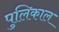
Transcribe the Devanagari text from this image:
पुलिकाल